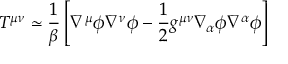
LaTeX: T ^ { \mu \nu } \simeq \frac { 1 } { \beta } \left[ \nabla ^ { \mu } \phi \nabla ^ { \nu } \phi - \frac { 1 } { 2 } g ^ { \mu \nu } \nabla _ { \alpha } \phi \nabla ^ { \alpha } \phi \right]